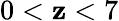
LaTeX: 0<\mathbf{z}<7